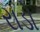
રાડો